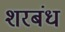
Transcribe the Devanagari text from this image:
शरबंध